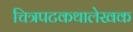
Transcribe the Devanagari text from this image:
चित्रपटकथालेखक